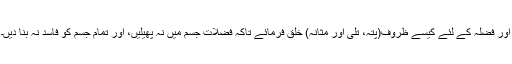
اور فُضلہ کے لئے کیسے ظروف(پِتہ، تِلّی اور مثانہ) خلق فرمائے تاکہ فُضلات جسم میں نہ پھیلیں، اور تمام جسم کو فاسد نہ بنا دیں۔